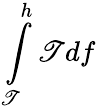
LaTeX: \int\limits_{\mathscr{T}}^{h}\mathscr{T}df